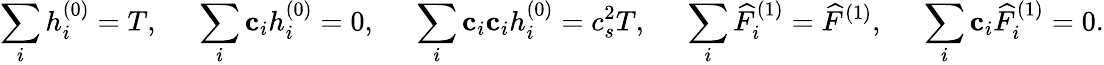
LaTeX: \sum_{i}{h_{i}^{\left(0\right)}}=T,\; \; \; \; \; \sum_{i}{{{\mathbf{c}}_{i}}h_{i}^{\left(0\right)}}=0,\; \; \; \; \; \sum_{i}{{{\mathbf{c}}_{i}}{{\mathbf{c}}_{i}}h_{i}^{\left(0\right)}}=c_{s}^{2}T,\; \; \; \; \; \sum_{i}{\widehat F_{i}^{\left(1\right)}}={\widehat F^{\left(1\right)}},\; \; \; \; \; \sum_{i}{{{\mathbf{c}}_{i}}\widehat F_{i}^{\left(1\right)}}=0.